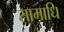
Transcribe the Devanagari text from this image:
सामाधि